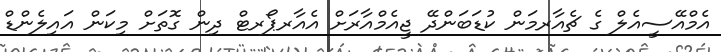
އެމްއޭސީއެލް ގެ ޗެއާރމަން ކުޑަބަންދޭ ޖީއެމްއާރަށް އެއާރޕޯރޓް ދިން ގޮތަަށް މިކަން އައިލެންޑް